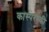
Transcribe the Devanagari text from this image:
कास्परस्की